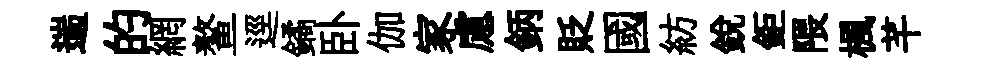
遄的網鳌逕鐍卧伽家慮鈵貶國紡銳鉅隈楓芊